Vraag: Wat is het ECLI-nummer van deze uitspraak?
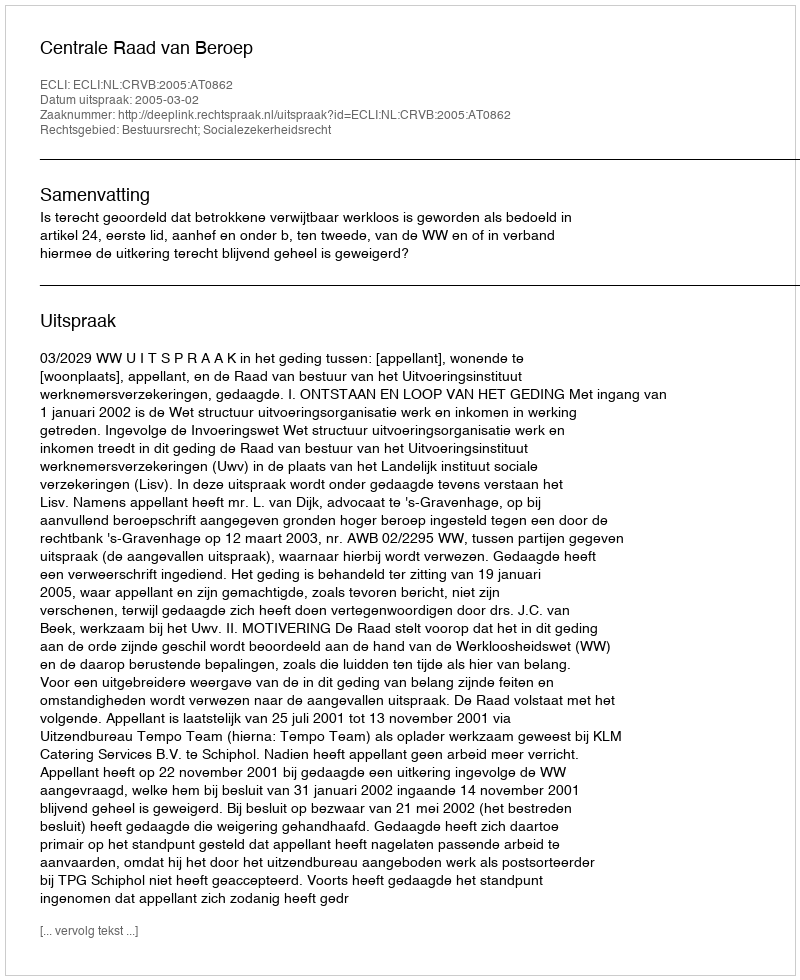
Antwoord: ECLI:NL:CRVB:2005:AT0862